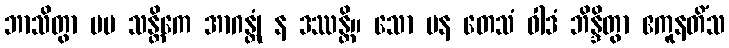
ဘာသိတွာ မမ သန္တိကေ အာဂန္တုံ န ဒဿန္တိ။ သော ပန တေသံ ဝါဒံ ဘိန္ဒိတွာ ဧကူနတိံသ